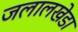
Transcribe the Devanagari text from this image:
जलालखेडा